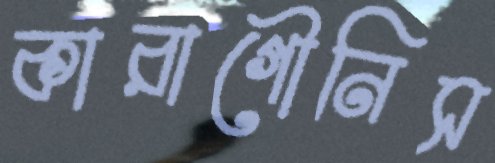
কারাগৌনিস